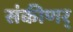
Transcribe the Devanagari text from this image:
संकीणर्